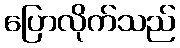
ပြောလိုက်သည်